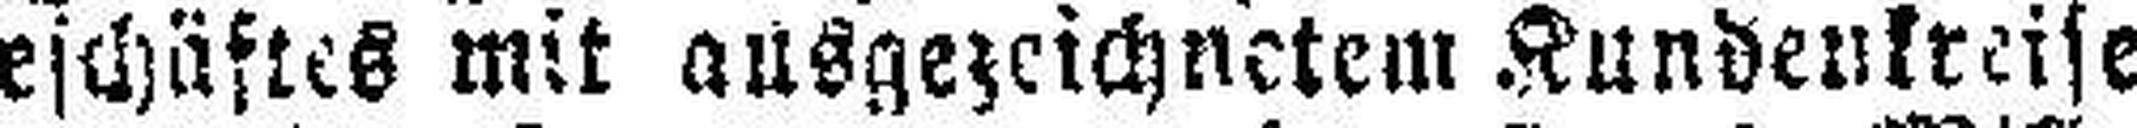
geschäftes mit ausgezeichnetem Kundenkreise